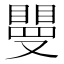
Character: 𥊿